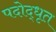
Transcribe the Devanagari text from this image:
पदोद्धृत